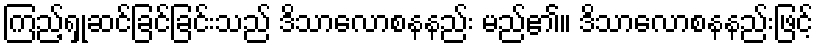
ကြည့်ရှုဆင်ခြင်ခြင်းသည် ဒိသာလောစနနည်း မည်၏။ ဒိသာလောစနနည်းဖြင့်